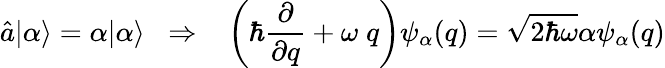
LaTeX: \hat{a}|\alpha\rangle=\alpha|\alpha\rangle\; \; \Rightarrow\; \; \; \left(\hbar\frac{\partial}{\partial q}+\omega\; q\right)\psi_{\alpha}(q)=\sqrt{2\hbar\omega}\alpha\psi_{\alpha}(q)